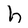
Character: h